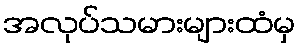
အလုပ်သမားများထံမှ